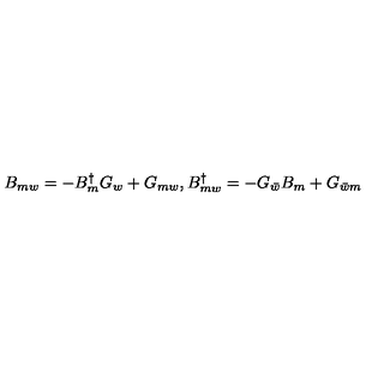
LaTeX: B _ { m w } = - B _ { m } ^ { \dagger } G _ { w } + G _ { m w } , B _ { m w } ^ { \dagger } = - G _ { \bar { w } } B _ { m } + G _ { \bar { w } m }